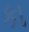
કા